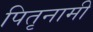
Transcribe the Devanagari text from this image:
पितृनामी